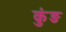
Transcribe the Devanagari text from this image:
कुंङ